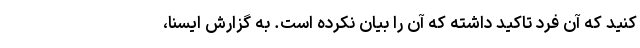
کنید که آن فرد تاکید داشته که آن را بیان نکرده است. به گزارش ایسنا،